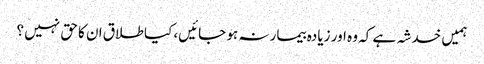
ہمیں خدشہ ہے کہ وہ اور زیادہ بیمار نہ ہو جائیں، کیا طلاق ان کا حق نہیں ؟